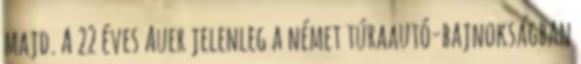
majd. A 22 éves Auer jelenleg a német túraautó-bajnokságban